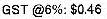
GST @6%: $0.46